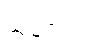
သမပ္ပိတံ